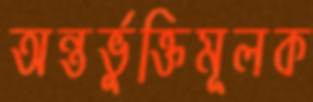
অন্তর্ভুক্তিমূলক